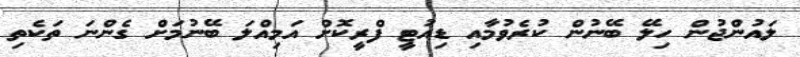
ލައުންޖުން ހިލޭ ބޭނުން ކުރެވުމާއި ޑިއުޓީ ފްރީކޮށް އަމިއްލަ ބޭނުމަށް ގެންނަ ތަކެތި